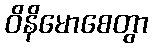
ဝိနိမောစေတွာ